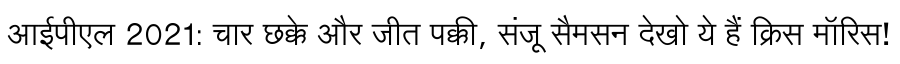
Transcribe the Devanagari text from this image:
आईपीएल 2021: चार छक्के और जीत पक्की, संजू सैमसन देखो ये हैं क्रिस मॉरिस!